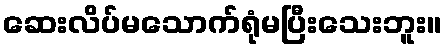
ဆေးလိပ်မသောက်ရုံမပြီးသေးဘူး။